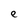
Character: e